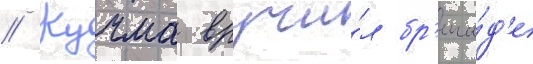
// Кучма вручи́л бр'ига́д'е